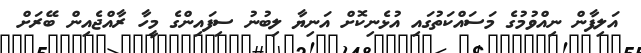
އަލިފާން ނިއްވުމުގެ މަސައްކަތުގައި އުޅެނިކޮށް އަނިޔާ ލިބުނު ސިފައިންގެ މީހާ ރާއްޖެއިން ބޭރަށް